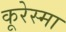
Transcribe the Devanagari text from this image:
कूरेस्मा